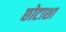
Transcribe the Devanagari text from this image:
छोटाशा